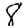
Digit: 8